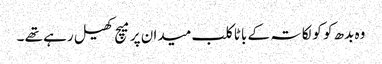
وہ بدھ کو کولکاتہ کے باٹا کلب میدان پر میچ کھیل رہے تھے ۔